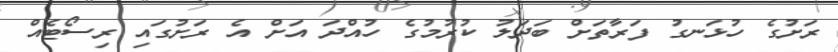
ރަށުގެ ހުޅަނގު ފަރާތަށް ބަދަލު ކުރުމުގެ ހުއްދަ އަށް އެ ރަށުގައި ރިސޯޓެއް